Lunatic asylums Punjab 1868-1880 - 1868-1880
Year: 1868
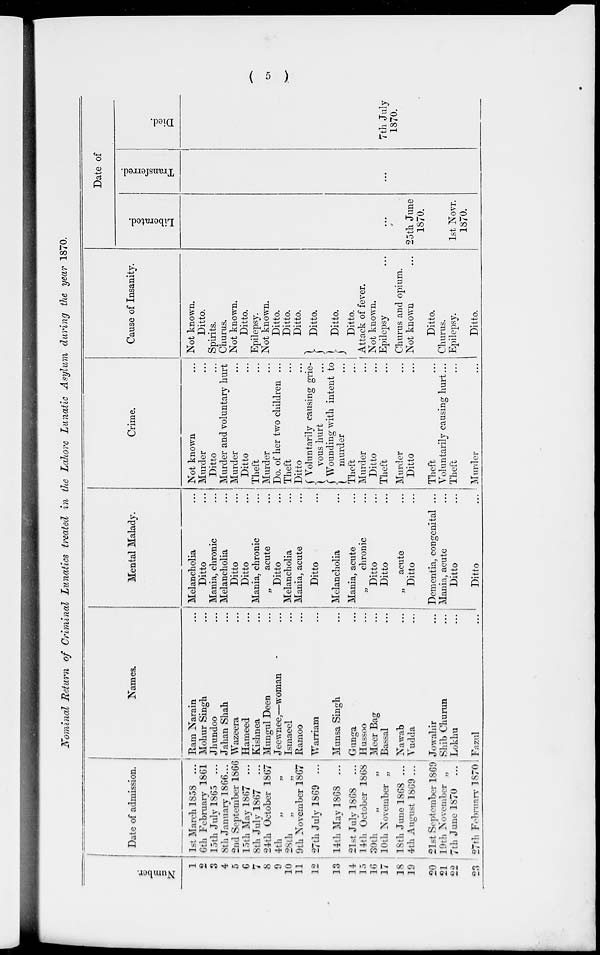
(
5
).
Nominal Return of Criminal Lunatics treated in the Lahore Lunatic Asylum during the year 1870.
Number.
1
2
3
4
5
6
7
8
9
10
11
12
13
14
15
16
17
18
19
20
21
22
23
Date of admission.
1st March 1858 ...
6th February 1861
15th July 1865 ...
8th January 1866...
2nd September 1866
15th May 1867 ...
8th July 1867 ...
24th October 1867
4th „ „
28th
„ „
9th November 1867
27th July 1869 ...
14th May 1868 ...
21st July 1868 ...
14th October 1868
30th „ „
10th November „
18th June 1868 ...
4th August 1869 ...
21st September 1869
19th November „
7th June 1870 ...
27th February 1870
Names.
Ram Narain ...
Mohur Singh ...
Jhundoo ...
Jahan Shah ...
Wazeera ...
Hameed ...
Kishnea ...
Mungul Deen ...
Jeewnee,—woman ...
Ismaeel ...
Ramoo ...
Warriam ...
Munsa Singh ...
Gunga ...
Hussoo ...
Meer Bag ...
Bassal ...
Nawab ...
Vudda ...
Jowahir ...
Shib Churun ...
Lokhu ...
Fazul ...
Mental Malady.
Melancholia ...
Ditto ...
Mania, chronic ...
Melancholia ...
Ditto ...
Ditto ...
Mania, chronic ...
„
acute
...
Ditto ...
Melancholia ...
Mania, acute ...
Ditto ...
Melancholia ...
Mania, acute ...
„
chronic ...
Ditto ...
Ditto ...
„ acute
...
Ditto ...
Dementia, congenital ...
Mania, acute ...
Ditto ...
Ditto ...
Crime.
Not known ...
Murder ...
Ditto ...
Murder and voluntary hurt
Murder ...
Ditto ...
Theft ...
Murder
Do. of her two children ...
Theft ...
Ditto ...
Voluntarily causing grie-
vous hurt ...
Wounding with intent to
murder
Theft ...
Murder ...
Ditto
Theft ...
Murder
Ditto ...
Theft ...
Voluntarily causing hurt...
Theft ...
Murder ...
Cause of Insanity.
Not known.
Ditto.
Spirits.
Churus.
Not known.
Ditto.
Epilepsy.
Not known.
Ditto.
Ditto.
Ditto.
Ditto.
Ditto.
Ditto.
Attack of fever.
Not known.
Epilepsy ...
Churus and opium.
Not known ...
Ditto.
Churus.
Epilepsy.
Ditto.
Date of
Liberated.
...
25th June
1870.
1st Novr.
1870.
Transferred.
...
Died.
7th July
1870.